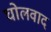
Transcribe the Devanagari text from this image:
घोलवाद